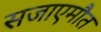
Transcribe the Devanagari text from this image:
सजाएमौत